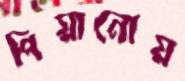
পিয়ানোয়